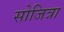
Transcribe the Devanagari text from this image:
सोजित्रा